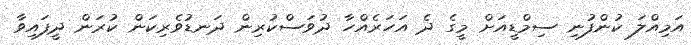
އަމިއްލަ ކުންފުނި ސިމްޑީއަށް މީގެ ދެ އަހަރެއްހާ ދުވަސްކުރިން ދަނޑުވެރިކަން ކުރަން ދީފައިވާ